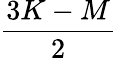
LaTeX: \frac{3K-M}{2}